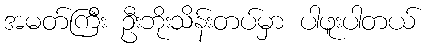
အမတ်ကြီး ဦးဘိုးသိန်းတပ်မှာ ပါဖူးပါတယ်